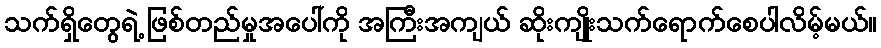
သက်ရှိတွေရဲ့ ဖြစ်တည်မှုအပေါ်ကို အကြီးအကျယ် ဆိုးကျိုးသက်ရောက်စေပါလိမ့်မယ်။